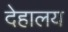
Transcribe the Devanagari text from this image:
देहालय